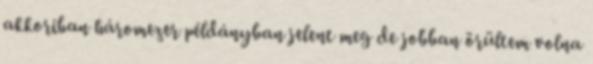
akkoriban háromezer példányban jelent meg de jobban örültem volna